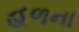
હળના